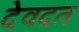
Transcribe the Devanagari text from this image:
देवदत